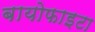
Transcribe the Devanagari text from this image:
बायोफाइटा